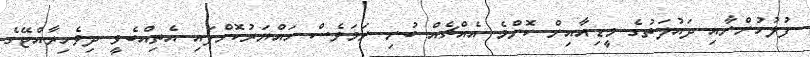
ފުލުހުންނާއި ދައުލަތުގެ މީޑިއާއިން ކޮންމެ އެއްޗެއް ބުނި ނަމަވެސް ހައްޔަރުކޮށްފައި އެތިއްބެވީ ދިވެހިރާއްޖޭގެ